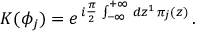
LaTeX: { \cal K } ( \phi _ { j } ) = e ^ { \, i \frac { \pi } { 2 } \, \int _ { - \infty } ^ { + \infty } \, d z ^ { 1 } \, \pi _ { j } ( z ) } \, .